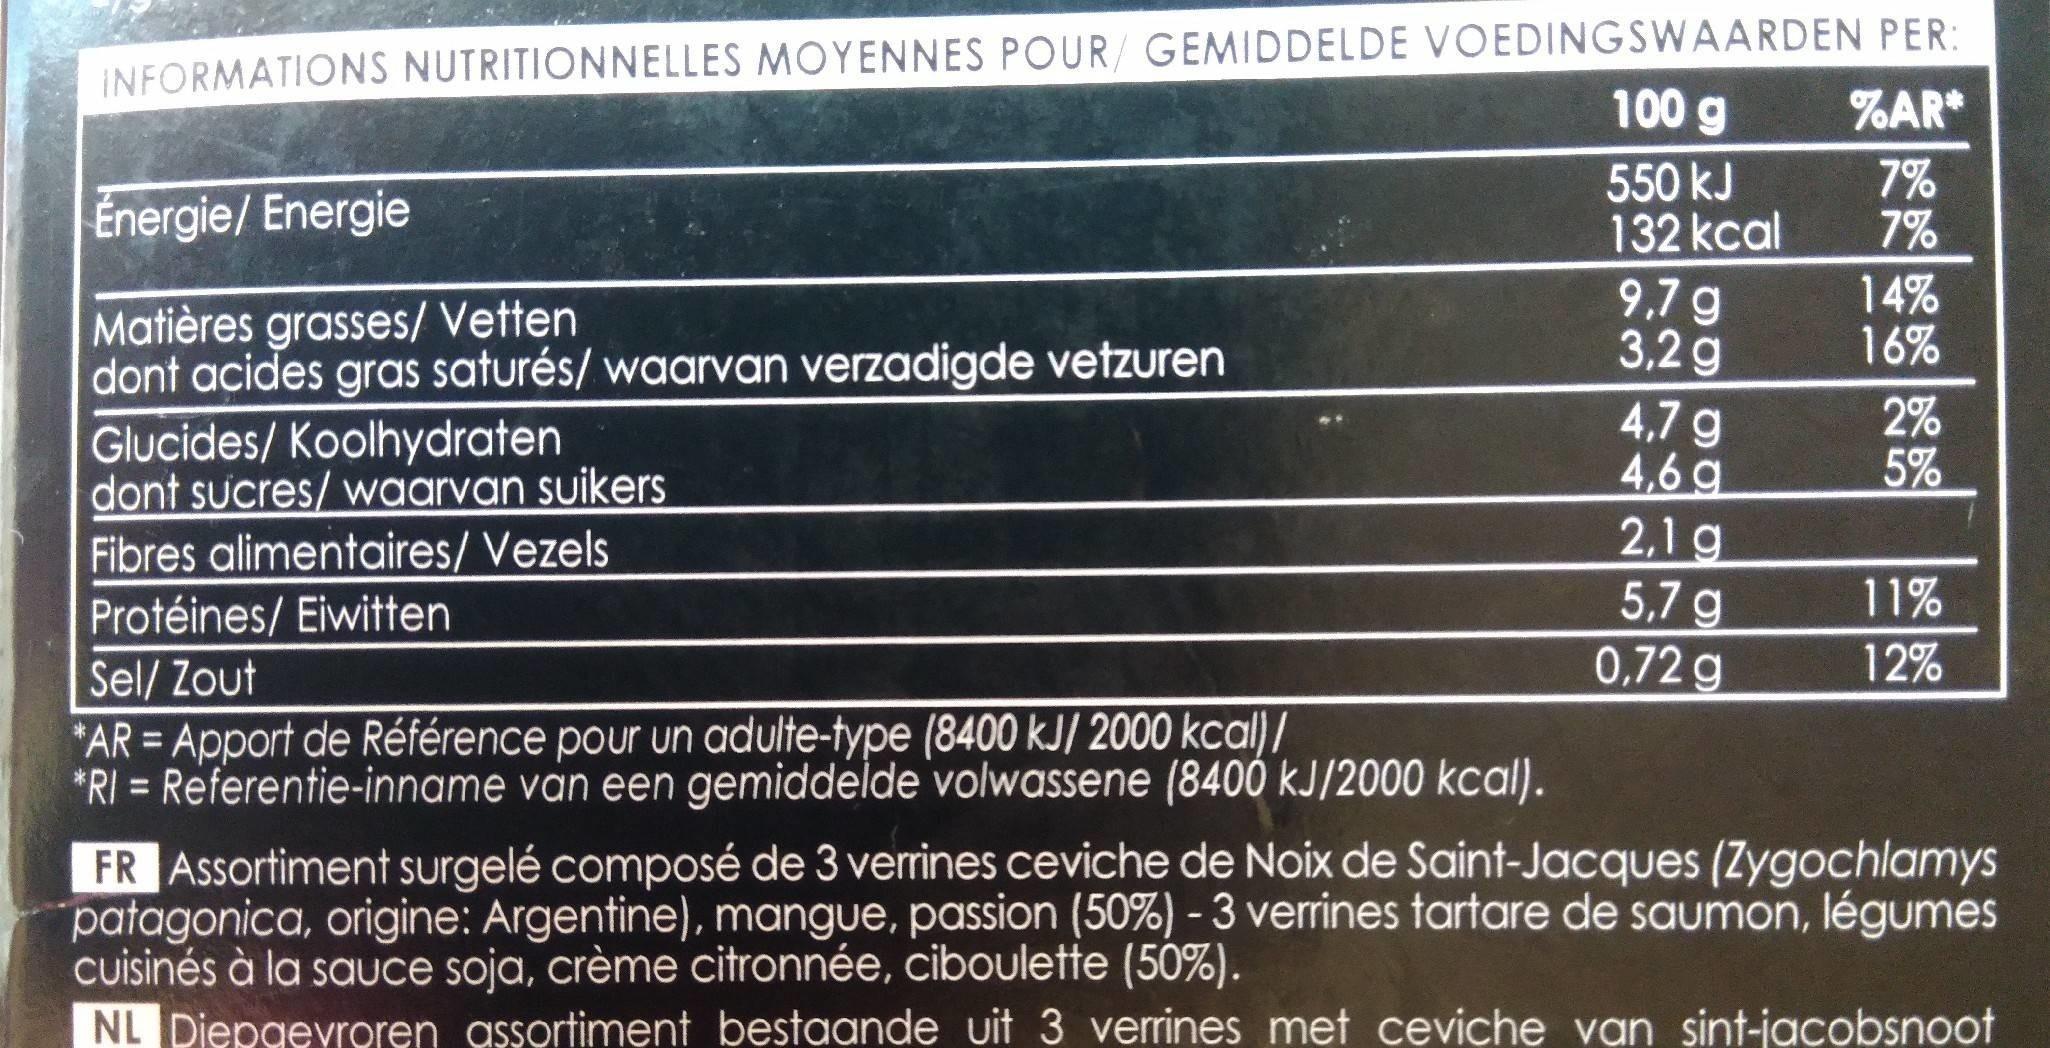
INFORMATIONS NUTRITIONNELLES MOYENNES POUR/ GEMIDDELDE VOEDINGSWAARDEN PER %AR*
100 g
Énergie/ Energie
550 kJ 132 kcal
7% 7%
9.7 g 3,2 g
14% 16%
Matières grasses/ Vetten dont acides gras saturés/ waarvan verzadigde vetzuren Glucides/ Koolhydraten dont sucres/ waarvan suikers Fibres alimentaires/ Vezels Protéines/ Eiwitten
2% 5%
4,7 g 4,6 g 2,1 g 5,7 g 0,72 g
11%
Sel/ Zout
12%
*AR = Apport de Référence pour un adulte-type (8400 kJ/ 2000 kcal)/ *RI = Referentie-inname van een gemiddelde volwassene (8400 kJ/2000 kcal).
%3D
FR Assortiment surgelé composé de 3 verrines ceviche de Noix de Saint-Jacques (Zygochlamys patagonica, origine: Argentine), mangue, passion (50%) - 3 verrines tartare de saumon, légumes cuisinés à la sauce soja, crème citronnée, ciboulette (50%). NL Diepgevroren assortiment bestaande uit 3 verrines met ceviche van sint-jacobsnoot